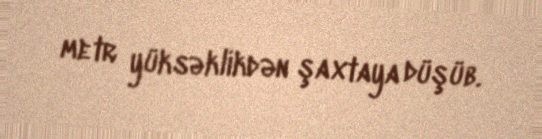
metr yüksəklikdən şaxtaya düşüb.